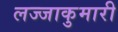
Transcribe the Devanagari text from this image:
लज्जाकुमारी